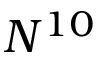
N ^ { 1 0 }